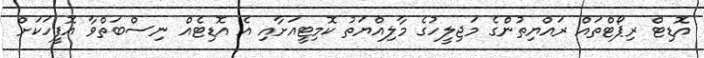
އޮޑިޓް ރިޕޯޓްތައް ރައްޔިތުންގެ މަޖިލީހުގެ މާލިއްޔަތު ކޮމިޓީއަށާއި އެ އޮޑިޓެއް ނިސްބަތްވާ އޮފީހަކަށް